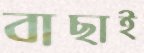
বাছাই